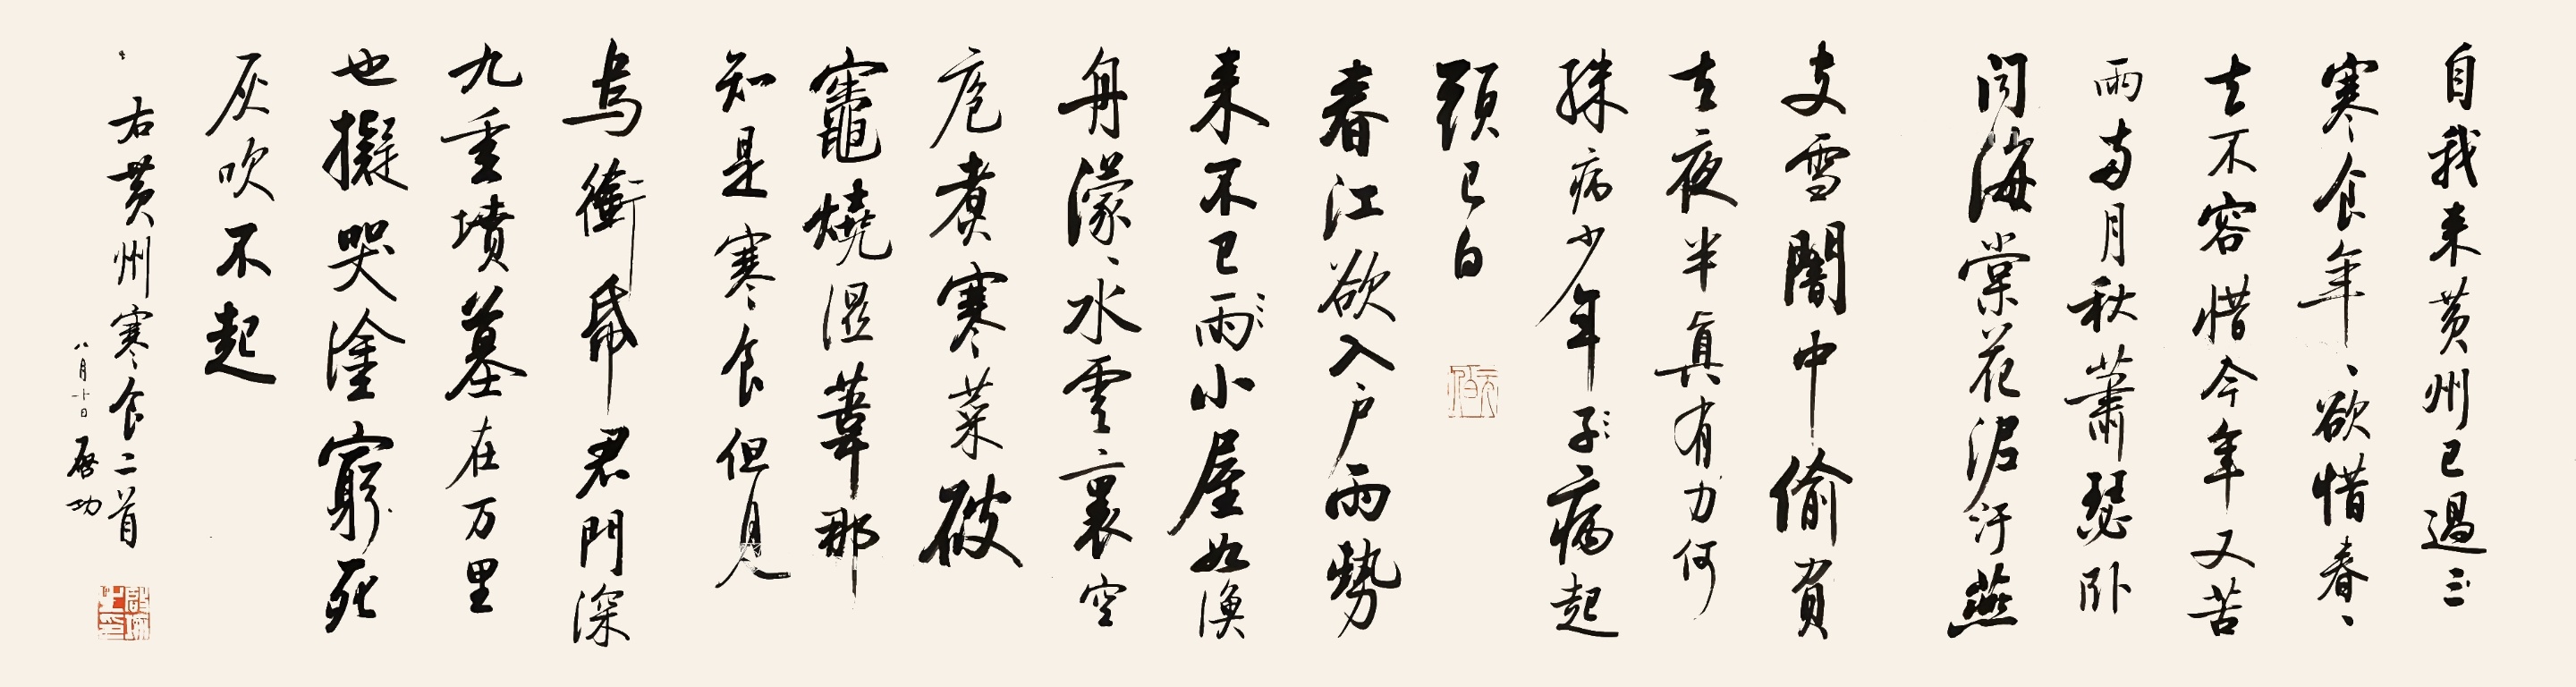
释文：自我来黄州，已过三寒食。年年欲惜春，春去不容惜。今年又苦雨，两月秋萧瑟。卧闻海棠花，泥污燕脂雪。暗中偷负去，夜半真有力。何殊病少年，病起头已白。春江欲入户，雨势来不已。小屋如渔舟，蒙蒙水云里。空庖煮寒菜，破灶烧湿苇。那知是寒食，但见乌衔纸。君门深九重，坟墓在万里。也拟哭途穷，死灰吹不起。右黄州寒食二首，八月十日，启功。启功之印（白文）、元伯（朱文）